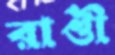
রাণ্ডী